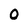
Character: 0